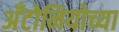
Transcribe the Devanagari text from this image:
अँटोनियोच्या